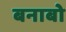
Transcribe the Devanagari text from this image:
बनाबो